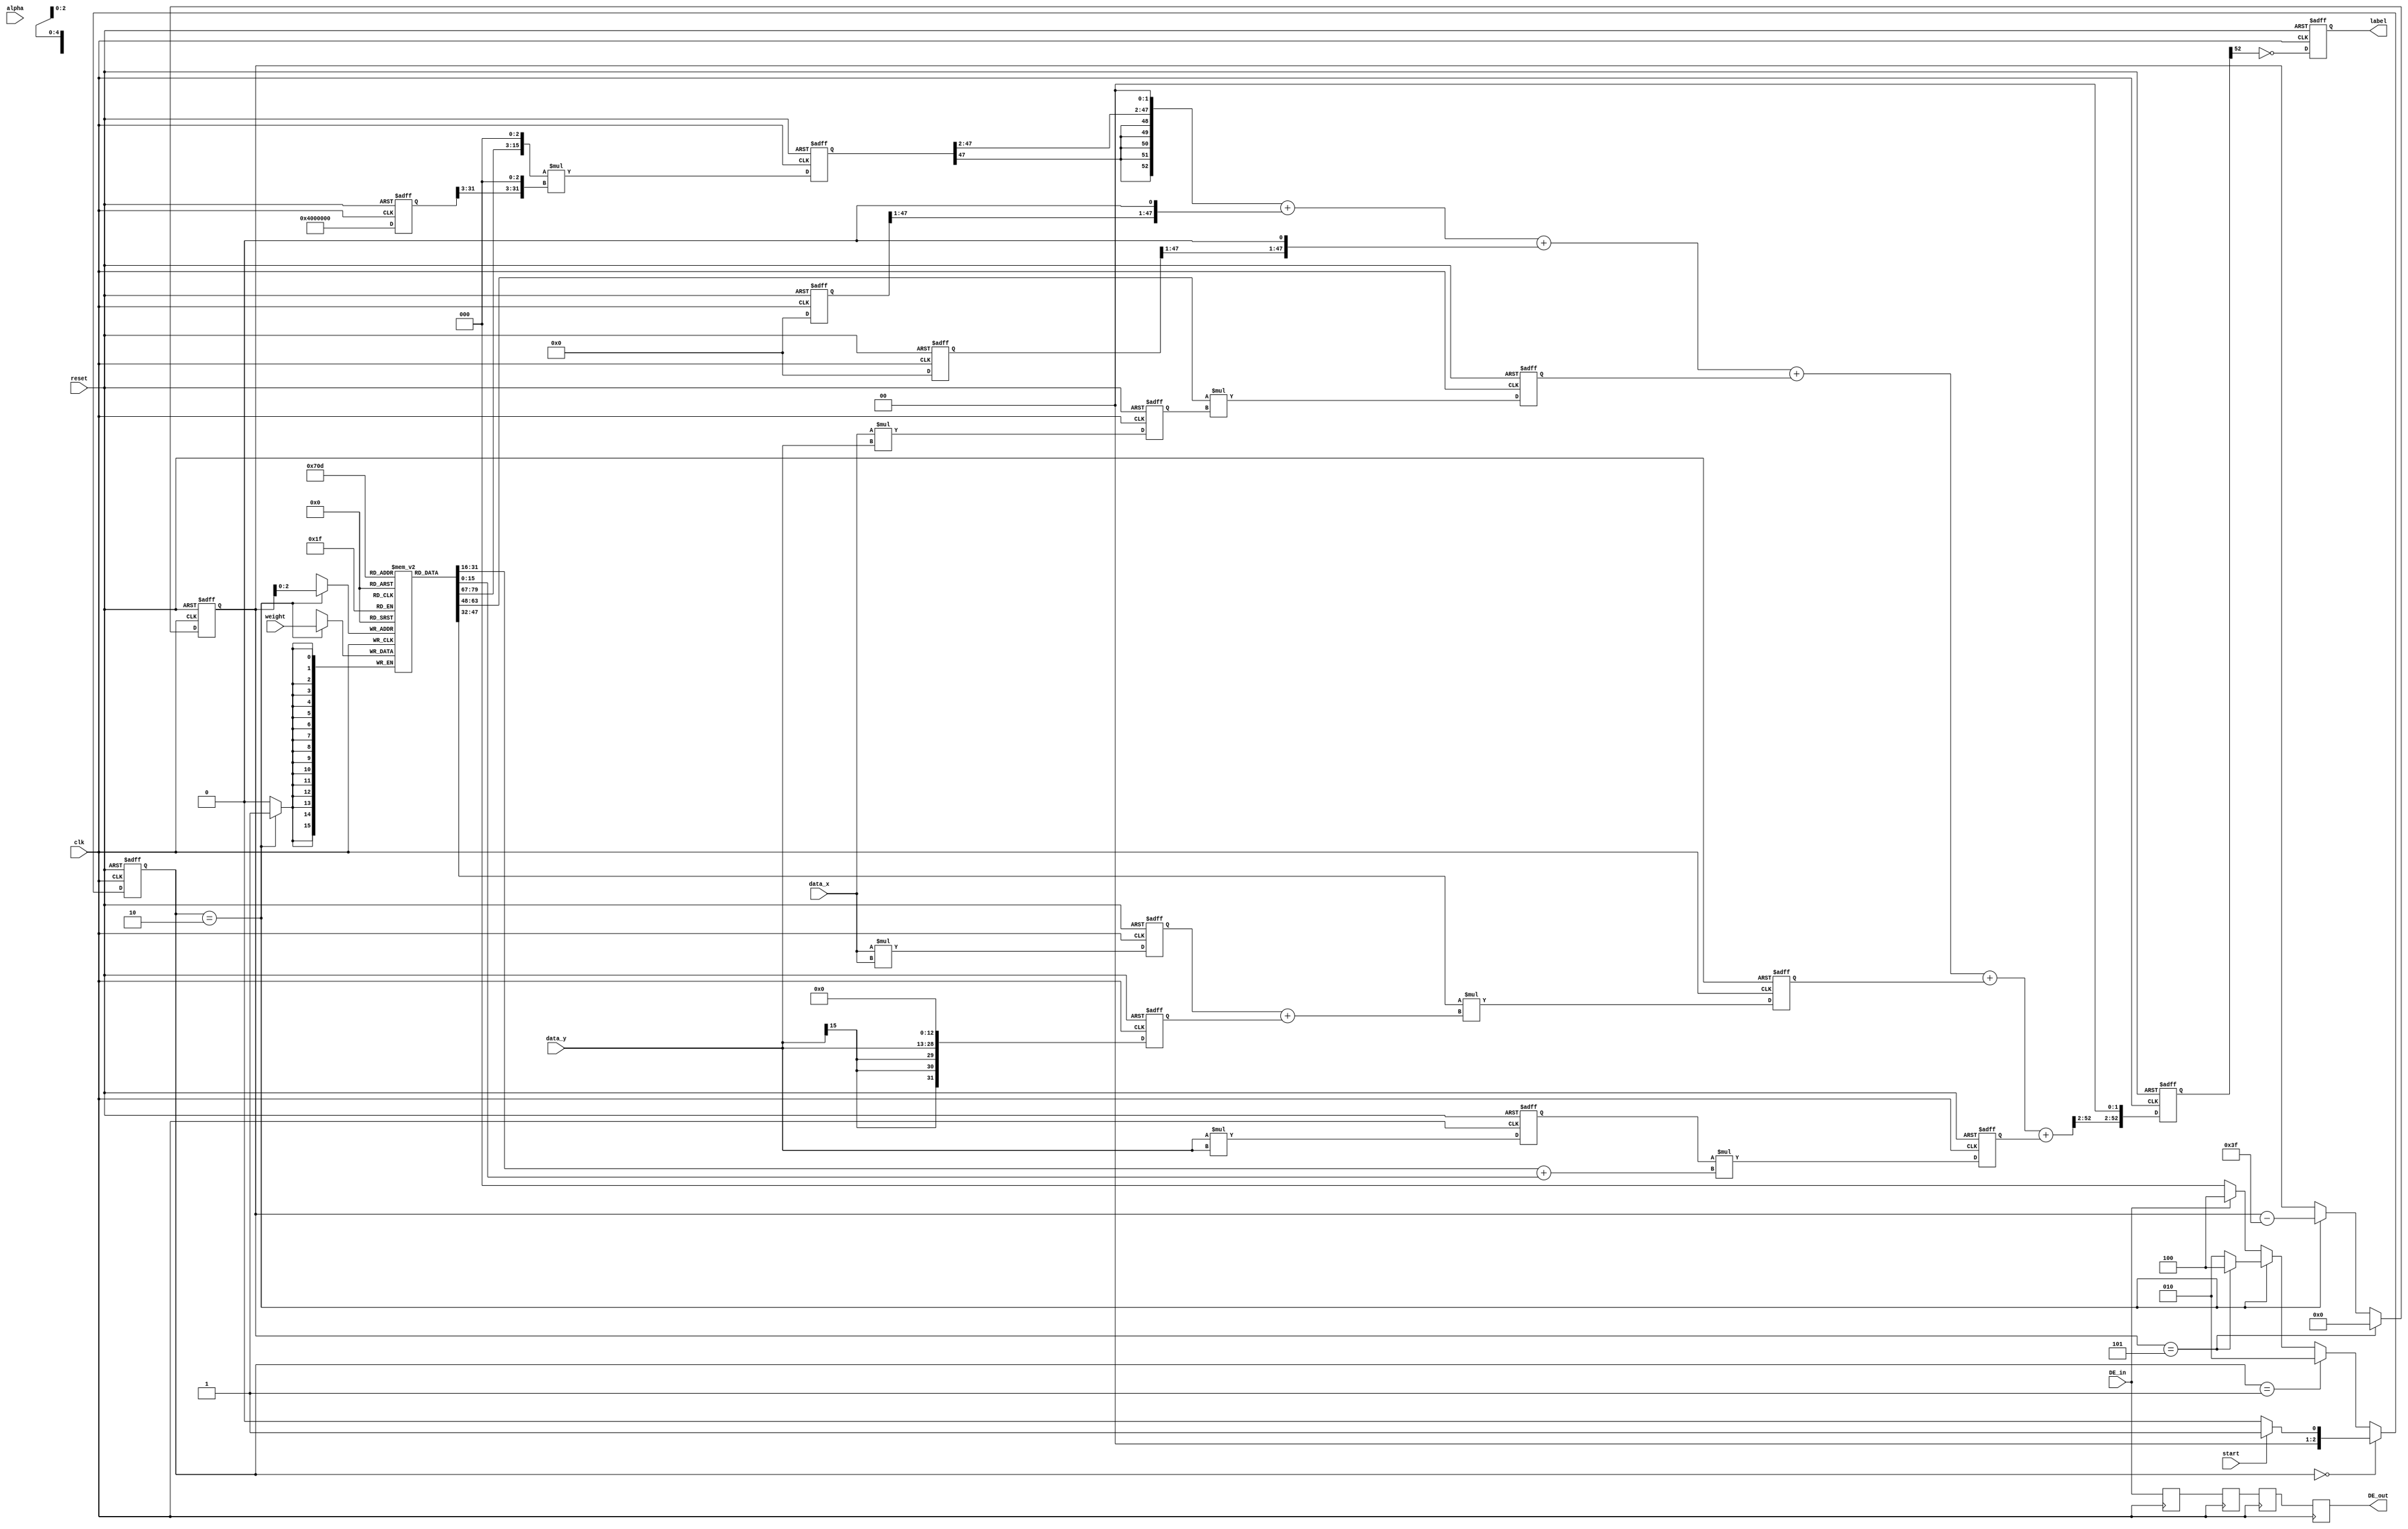
module svm (clk, reset, start, DE_in, DE_out, alpha, weight, data_x, data_y, label);

parameter nSVs = 6;
parameter alpha_BW = 16;
parameter data_BW = 16;
parameter weight_BW = 16;
parameter kernel_BW = 32;
parameter result_BW = 48;
parameter sum_BW = 53;

input  clk;
input  reset;
input  start;
input  DE_in;
input signed [(alpha_BW -  1):0] alpha;
input signed [(weight_BW -  1):0] weight;
input signed [(data_BW -  1):0] data_x;
input signed [(data_BW -  1):0] data_y;

output reg  DE_out;

reg  DE_out1;

reg  DE_out2;

reg  DE_out3;
output reg  label;

reg signed [(alpha_BW -  1):0] alpha_reg;
reg signed [(weight_BW -  1):0] weights [0:(nSVs -  1)];
reg signed [(data_BW -  1):0] support_vectors [0:(nSVs -  1)][0:1];
reg signed [(kernel_BW -  1):0] kernel [0:(nSVs -  1)];
reg signed [(result_BW -  1):0] result [0:(nSVs -  1)];
reg signed [(sum_BW -  1):0] sum_temp [0:(nSVs -  1)];
reg signed [(sum_BW -  1):0] final_sum;

integer i;

parameter IDLE = 0;

parameter START = 1;

parameter WEIGHTS = 2;

parameter SUPPORT_VECS = 3;

parameter COMPUTE = 4;

reg [2:0] current_state;

reg [2:0] next_state;

reg [(nSVs -  1):0] count_SVs;

always @ (posedge clk or posedge reset)
begin

	if  (reset)	count_SVs <= 0;
	else 
	if  (count_SVs == (nSVs -  1)) 	count_SVs <= 0;
	else 
	if  (current_state == WEIGHTS) 	count_SVs <=  (count_SVs -  6'b111111);

end

always @ (posedge clk or posedge reset)
begin

	if  (reset)	current_state <= (IDLE); 
	else	current_state <= (next_state); 
end

always @ (*)
begin

	if  (current_state == IDLE) 
	begin
	if  (start)	next_state = (START); 
	else	next_state = (IDLE); 
	end
	
	else 
	if  (current_state == START) 
	begin
		next_state = (WEIGHTS); 
	end
	
	else 
	if  (current_state == WEIGHTS) 
	begin
	if  (count_SVs == (nSVs -  1)) 	next_state = (COMPUTE); 
	else	next_state = (WEIGHTS); 
	end
	
	else
	begin
	if  (DE_in)	next_state = (COMPUTE); 
	else	next_state = (IDLE); 
	end
	
end

always @ (posedge clk)
begin

	if  (current_state == START) 
	begin
		alpha_reg <= ({alpha[(alpha_BW  - 1):2], {1'b0,1'b0}});

	end
	
end

always @ (posedge clk)
begin

	if  (current_state == WEIGHTS) 
	begin
	 weights [count_SVs] <= (weight); 
	end
	
end

always @ (posedge clk)
begin
	DE_out1 <= (DE_in); 
	DE_out2 <= (DE_out1); 
	DE_out3 <= (DE_out2); 
	DE_out <= (DE_out3); 

end

always @ (posedge clk or posedge reset)
begin

	if  (reset)
	begin
	 kernel[0] <= 1'b0;
	 kernel[1] <= 1'b0;
	 kernel[2] <= 1'b0;
	 kernel[3] <= 1'b0;
	 kernel[4] <= 1'b0;
	 kernel[5] <= 1'b0;
	 result[0] <= 1'b0;
	 result[1] <= 1'b0;
	 result[2] <= 1'b0;
	 result[3] <= 1'b0;
	 result[4] <= 1'b0;
	 result[5] <= 1'b0;
		final_sum <= 1'b0;
		label <= 1'b0;
	end
	
	else
	begin
	 kernel[0] <= $signed ({2'b01,{1'b0,1'b0,1'b0,1'b0,1'b0,1'b0,1'b0,1'b0,1'b0,1'b0,1'b0,1'b0,1'b0,1'b0,1'b0,1'b0,1'b0,1'b0,1'b0,1'b0,1'b0,1'b0,1'b0,1'b0,1'b0,1'b0}});

	 kernel[1] <= $signed ({data_x,{1'b0,1'b0,1'b0,1'b0,1'b0,1'b0,1'b0,1'b0,1'b0,1'b0,1'b0,1'b0,1'b0}});

	 kernel[2] <= $signed ({data_y,{1'b0,1'b0,1'b0,1'b0,1'b0,1'b0,1'b0,1'b0,1'b0,1'b0,1'b0,1'b0,1'b0}});

	 kernel[3] <=  (data_x * data_y);

	 kernel[4] <=  (data_x * data_x);

	 kernel[5] <=  (data_y * data_y);

	 result[0] <=  ({weights[0] [(weight_BW  - 1):3], {1'b0,1'b0,1'b0}}  * {kernel[0] [(kernel_BW  - 1):3], {1'b0,1'b0,1'b0}} );

	 result[1] <= 0;
	 result[2] <= 0;
	 result[3] <=  (weights[3] * kernel[3]);

	 result[4] <=  (weights[4] * (kernel[4] + kernel[2]));

	 result[5] <=  (kernel[5] * (weights[1] + weights[5]));

		final_sum <= ({sum_temp[(nSVs  - 1)] [(sum_BW  - 1):2], {1'b0,1'b0}});

		label <= ~ ( final_sum [ (sum_BW -  1) ] );

	end
	
end

always @ (*)
begin
 sum_temp[0] =  result[0];

 sum_temp[1] =  ({sum_temp[0] [(sum_BW  - 1):2], {1'b0,1'b0}}  + {result[1] [(result_BW  - 1):1], {1'b0}} );

 sum_temp[2] =  (sum_temp[1] + {result[2] [(result_BW  - 1):1], {1'b0}} );

 sum_temp[3] =  (sum_temp[2] + result[3]);

 sum_temp[4] =  (sum_temp[3] + result[4]);

 sum_temp[5] =  (sum_temp[4] + result[5]);


end

endmodule